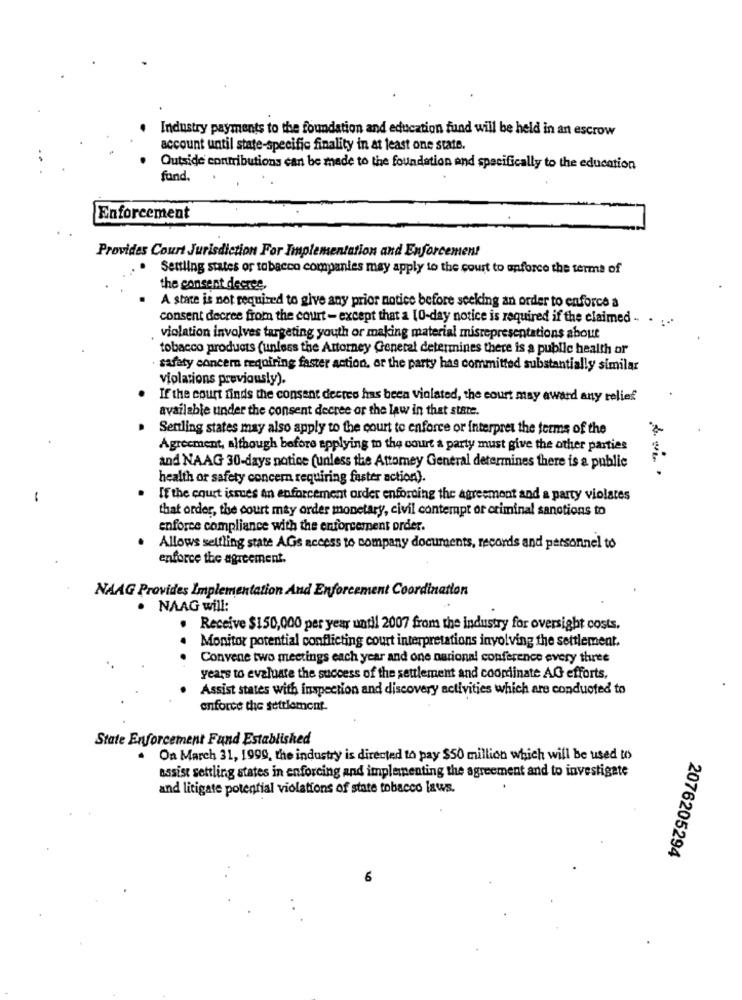
Industry payments to the foundation and education fund will be held in an escrow
account until state-specific finality in at least one state.
Outside contributions can be made to the foundation and specifically to the education
fund.
Enforcement
Provides Court Jurisdiction For Implementation and Enforcement
Settling states or tobacco companies may apply to the court to enforce the terms of
the consent decree,
A state is not required to give any prior notice before seeking an order to enforce a
consent decree from the court - except that a [0-day notice is required if the claimed -. . ...
violation involves targeting youth or making material misrepresentations about
tobacco products (unless the Attorney General determines there is a public health or
· safety concern requiring faster action, or the party has committed substantially similar
violations previously).
If the court finds the consent decres has been violated, the court may award any relief
available under the consent decree or the law in that state.
Sentling states may also apply to the court to enforce or interpret the terms of the
Agreement, although before applying to the court a party must give the other parties
and NAAG 30-days notice (unless the Attorney General determines there is a public
health or safety concern requiring faster action).
-
If the court issues in enforcement order enforcing the agreement and a party violates
that order, the court may order monetary, civil contempt or criminal sanctions to
enforce compliance with the enforcement order.
Allows settling state AGs access to company documents, records and personnel to
enforce the agreement.
NAAG Provides Implementation And Enforcement Coordination
· NAAG will:
Receive $150,000 per year until 2007 from the industry for oversight costs.
.
Monitor potential conflicting court interpretations involving the settlement.
Convene two meetings each year and one national conference every three
years to evaluate the success of the settlement and coordinate AG efforts,
Assist states with inspection and discovery activities which are conducted to
enforce the settlement.
State Enforcement Fund Established
. On March 31, 1999, the industry is directed to pay $50 million which will be used to
assist settling states in enforcing and implementing the agreement and to investigate
and litigate potential violations of state tobacco laws.
2076205294
10